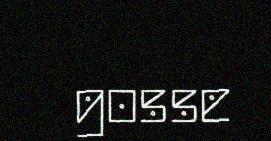
gosse